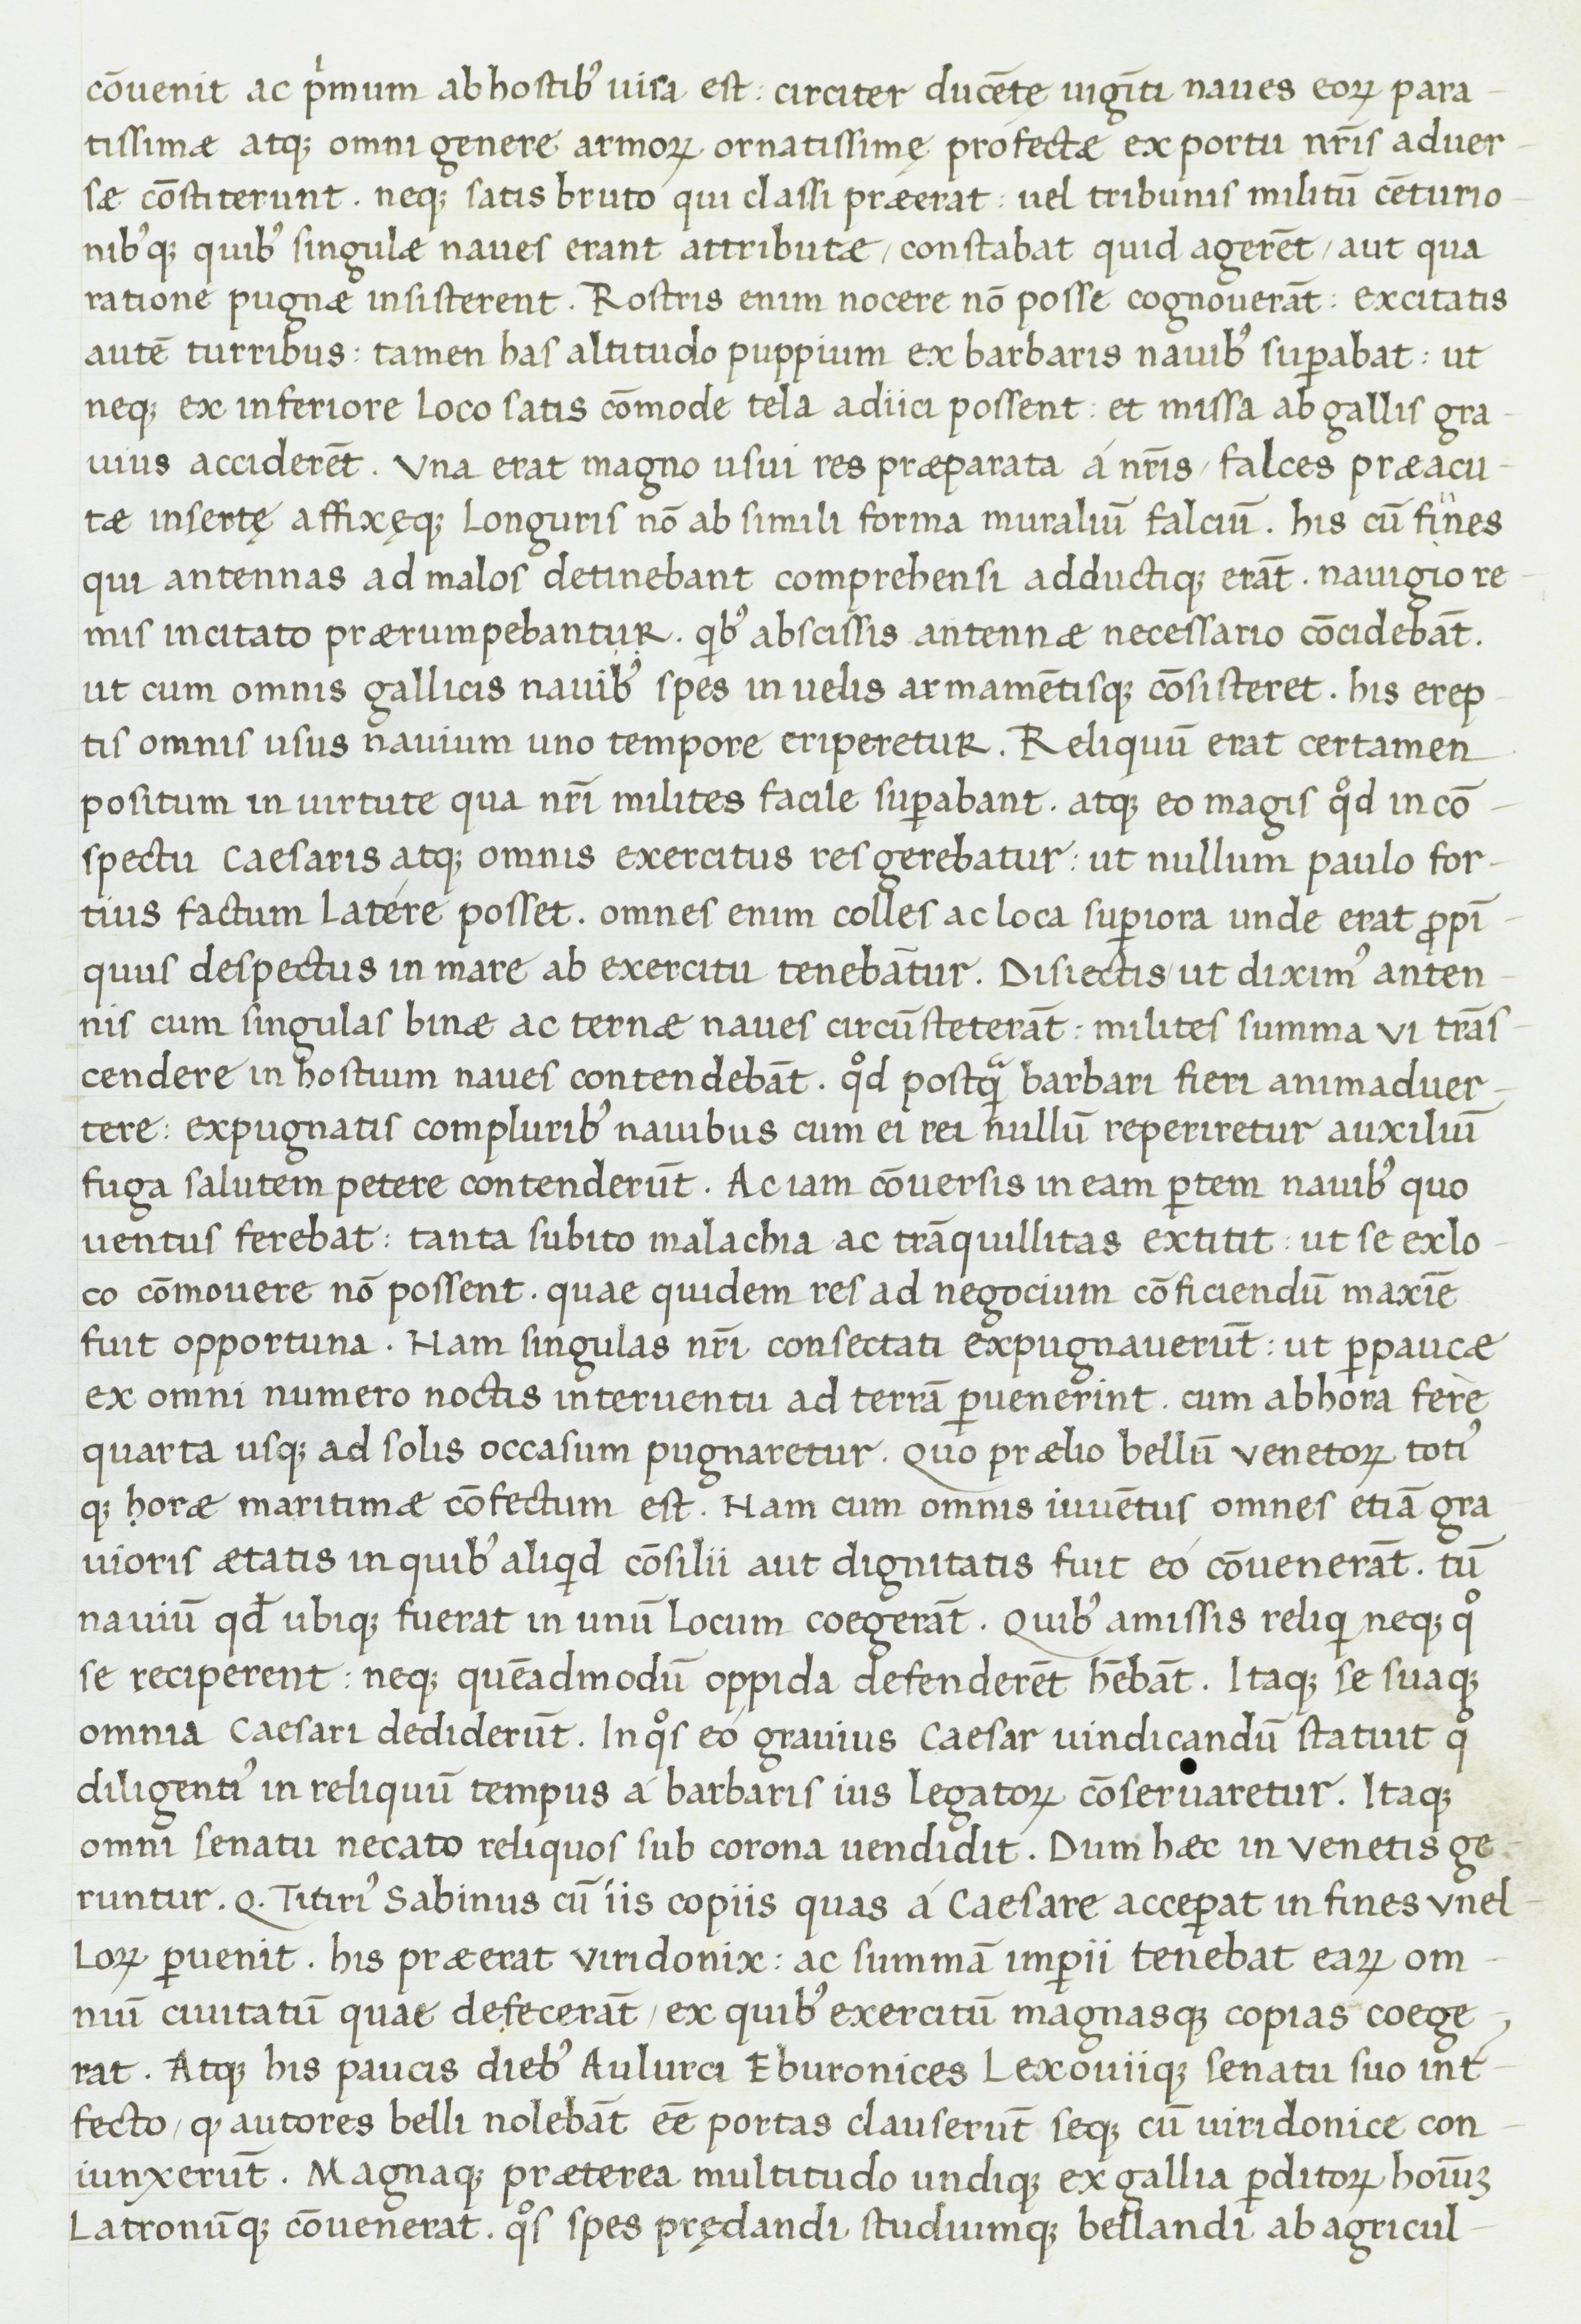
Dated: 1400–1499